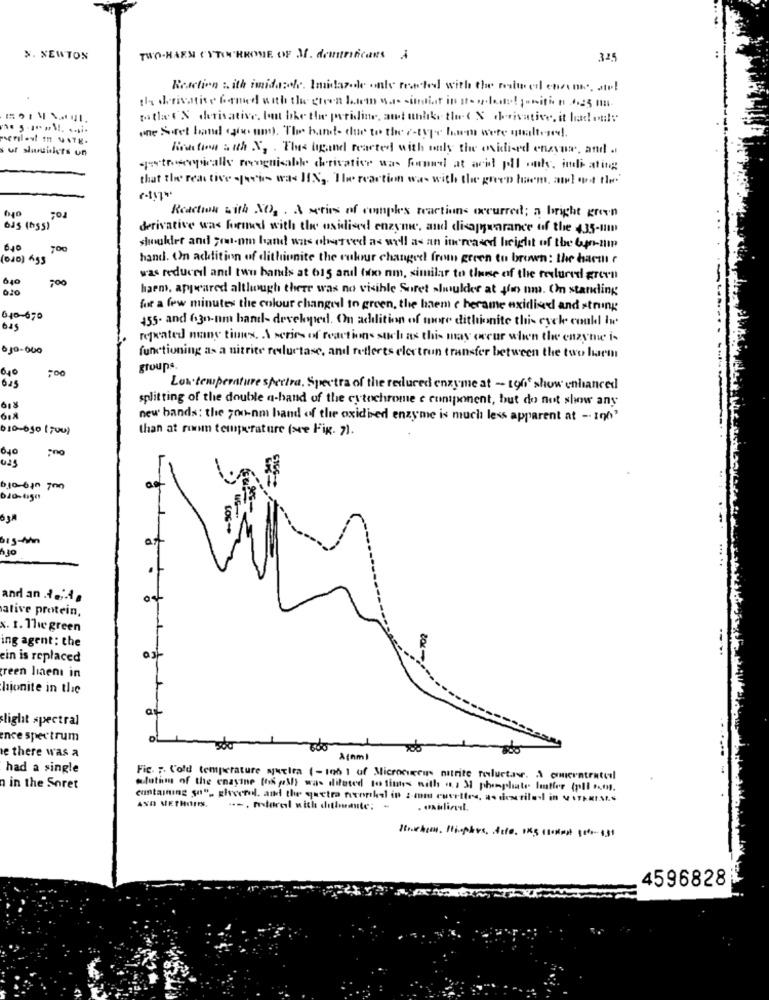
N. NEWTON
TWO-HAEN CYTORRONE OF M. deuntraficans A
325
Reaction & ith imidazole. Insidazde only reacted with the reduced ensans, an!
thy derivative formed with the green bowem was sindtir in It- w.lost !! positie t .4.25 m.
potla EN derivative, tout bhe the pyridine, and unlike the ( X derivative, it had only"
one Soret band (iv um). The band- due to the 7-type harm were qualtered !.
uf shuuilers un
Fonction s uth X, . The bigand reacted with only the midi-ed enzyur, and ..
qotroqcalls meogniable derivative was formed at acid pll only, indicating
that the reactive -focus was HIN ,. The reaction was with the green bowem, at! out the''
Reaction with NO2. A series of complex reactions occurred; a bright green
ous (nss)
derivative was formed with the oxidised enzyme, and disappearance of the 435-mm
640
700
shoulder and you.om band was oberved as well as an increased height of the Co-am
010) 655
hand. On addition of dithiunite the culur changed from green to brown: the haem
640
200
was reduced and two hands at 615 and two nm, similar to those of the reclured arcen
haem, appeared although there was no visible Suret shoulder at ffin um. Omn standing
for a few minutes the colour changed to green, the haem cherame exidised and string
640-670
455. and 630-nm hand- developed. On addition of more dithionite this eyck could Iw
645
repeated many times. A series of reactions such as this may occur when the enzyme is
630-600
functioning as a nitrite reductase, and reflects electron transfer between the two lem
640
groups.
625
Low temperature spectra, Spectra of the reduced enzyme at - 196 show enhanced
splitting of the double a-hand of the cytochrome c component, but do not show any
618
new bands: the 700-nm band of the oxidised enzyme is much less apparent at - 190'
010-050 ( you)
than at room temperature (see Fig. 7).
640
025
6.10-610 7mm
and an edda
ative protein,
x. 1. The green
ing agent: the
ein is replaced
green linenı in
hionite in the
light spectral
ence spectrum
e there was a
A(am)
had a single
Fic. ;. Cold temperature Nuclea (-106 1 of Microcircus nitrite reluctav. A cicentratoel
n in the Soret
slutim of the enayine [os pl) was diluted to fines with a, 1 3 phosphate hitler (pll fm).
containing so" glycerol, and the quetra nconkal in : mis cuvettes, as described in VerpaIses
.-, maral with dithaute; -
4596828